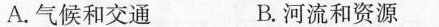
A.气候和交通 B.河流和资源